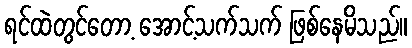
ရင်ထဲတွင်တော့ အောင့်သက်သက် ဖြစ်နေမိသည်။